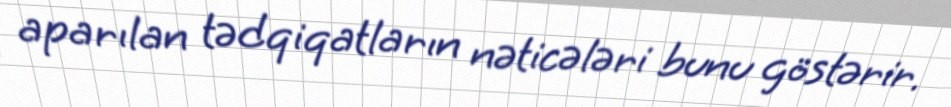
aparılan tədqiqatların nəticələri bunu göstərir.